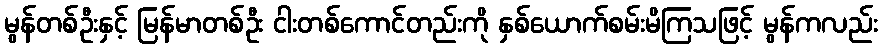
မွန်တစ်ဦးနှင့် မြန်မာတစ်ဦး ငါးတစ်ကောင်တည်းကို နှစ်ယောက်စမ်းမိကြသဖြင့် မွန်ကလည်း